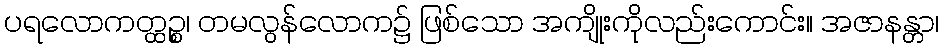
ပရလောကတ္ထဉ္စ၊ တမလွန်လောက၌ ဖြစ်သော အကျိုးကိုလည်းကောင်း။ အဇာနန္တာ၊